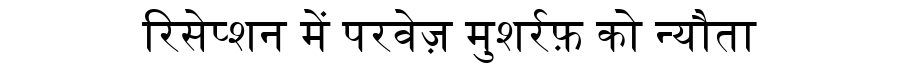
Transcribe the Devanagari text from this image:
रिसेप्शन में परवेज़ मुशर्रफ़ को न्यौता